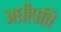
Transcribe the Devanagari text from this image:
अधीपति